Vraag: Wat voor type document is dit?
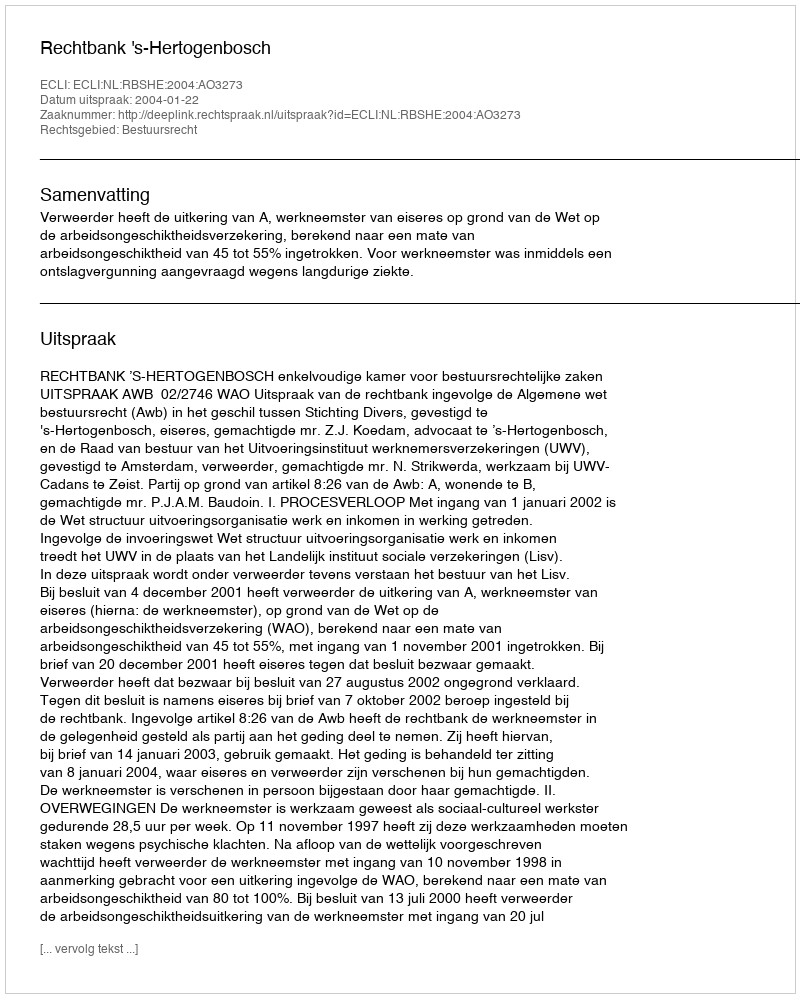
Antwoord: Uitspraak